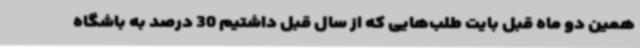
همین دو ماه قبل بایت طلب‌هایی که از سال قبل داشتیم 30 درصد به باشگاه